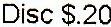
DISC $.20